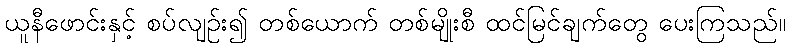
ယူနီဖောင်းနှင့် စပ်လျဉ်း၍ တစ်ယောက် တစ်မျိုးစီ ထင်မြင်ချက်တွေ ပေးကြသည်။